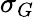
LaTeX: \sigma_{G}